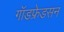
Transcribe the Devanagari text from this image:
गॉडफ्रेडसन